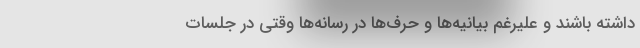
داشته باشند و علیرغم بیانیه‌ها و حرف‌ها در رسانه‌ها وقتی در جلسات